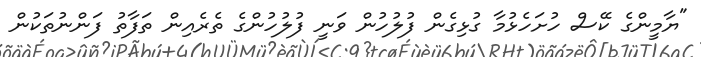
"ޔާމީންގެ ކޭސް ހުށަހެޅުމާ ގުޅިގެން ފުލުހުން ވަނީ ފުލުހުންގެ ތެރެއިން ތަފާތު ފަންނުތަކުން